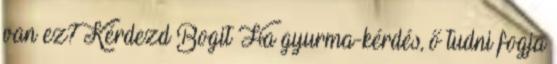
van ez? Kérdezd Bogit Ha gyurma-kérdés, ő tudni fogja